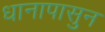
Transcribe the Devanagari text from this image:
धानापासुन